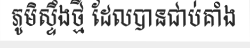
ភូមិស្ទឹងថ្មី ដែលបានជាប់គាំង